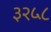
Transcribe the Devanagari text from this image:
३२५८